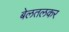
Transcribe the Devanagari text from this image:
बेलतलकर